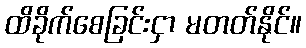
ထိခိုက်စေခြင်းငှာ မတတ်နိုင်။